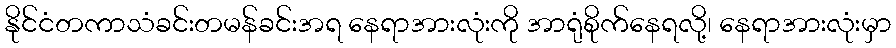
နိုင်ငံတကာသံခင်းတမန်ခင်းအရ နေရာအားလုံးကို အာရုံစိုက်နေရလို့၊ နေရာအားလုံးမှာ